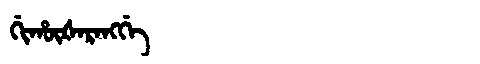
Manchu: ᡤᡳᡥᡡᡧᠠᡵᠠᠩᡤᡝ
Romanization: GIHŪŠARANGGE